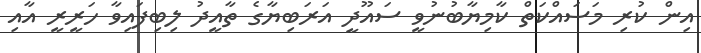
އިން ކުރި މަސައްކަތް ކާމިޔާބުނުވީ ސައޫދީ އަރަބިޔާގެ ތާއީދު ލިބިފައިވާ ހަރީރީ އާއި